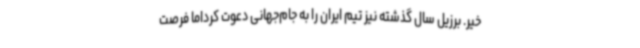
خیر. برزیل سال گذشته نیز تیم ایران را به جام‌جهانی دعوت کرداما فرصت